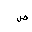
Letter: _sad